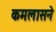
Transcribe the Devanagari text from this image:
कमलासने